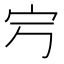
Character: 𡧂